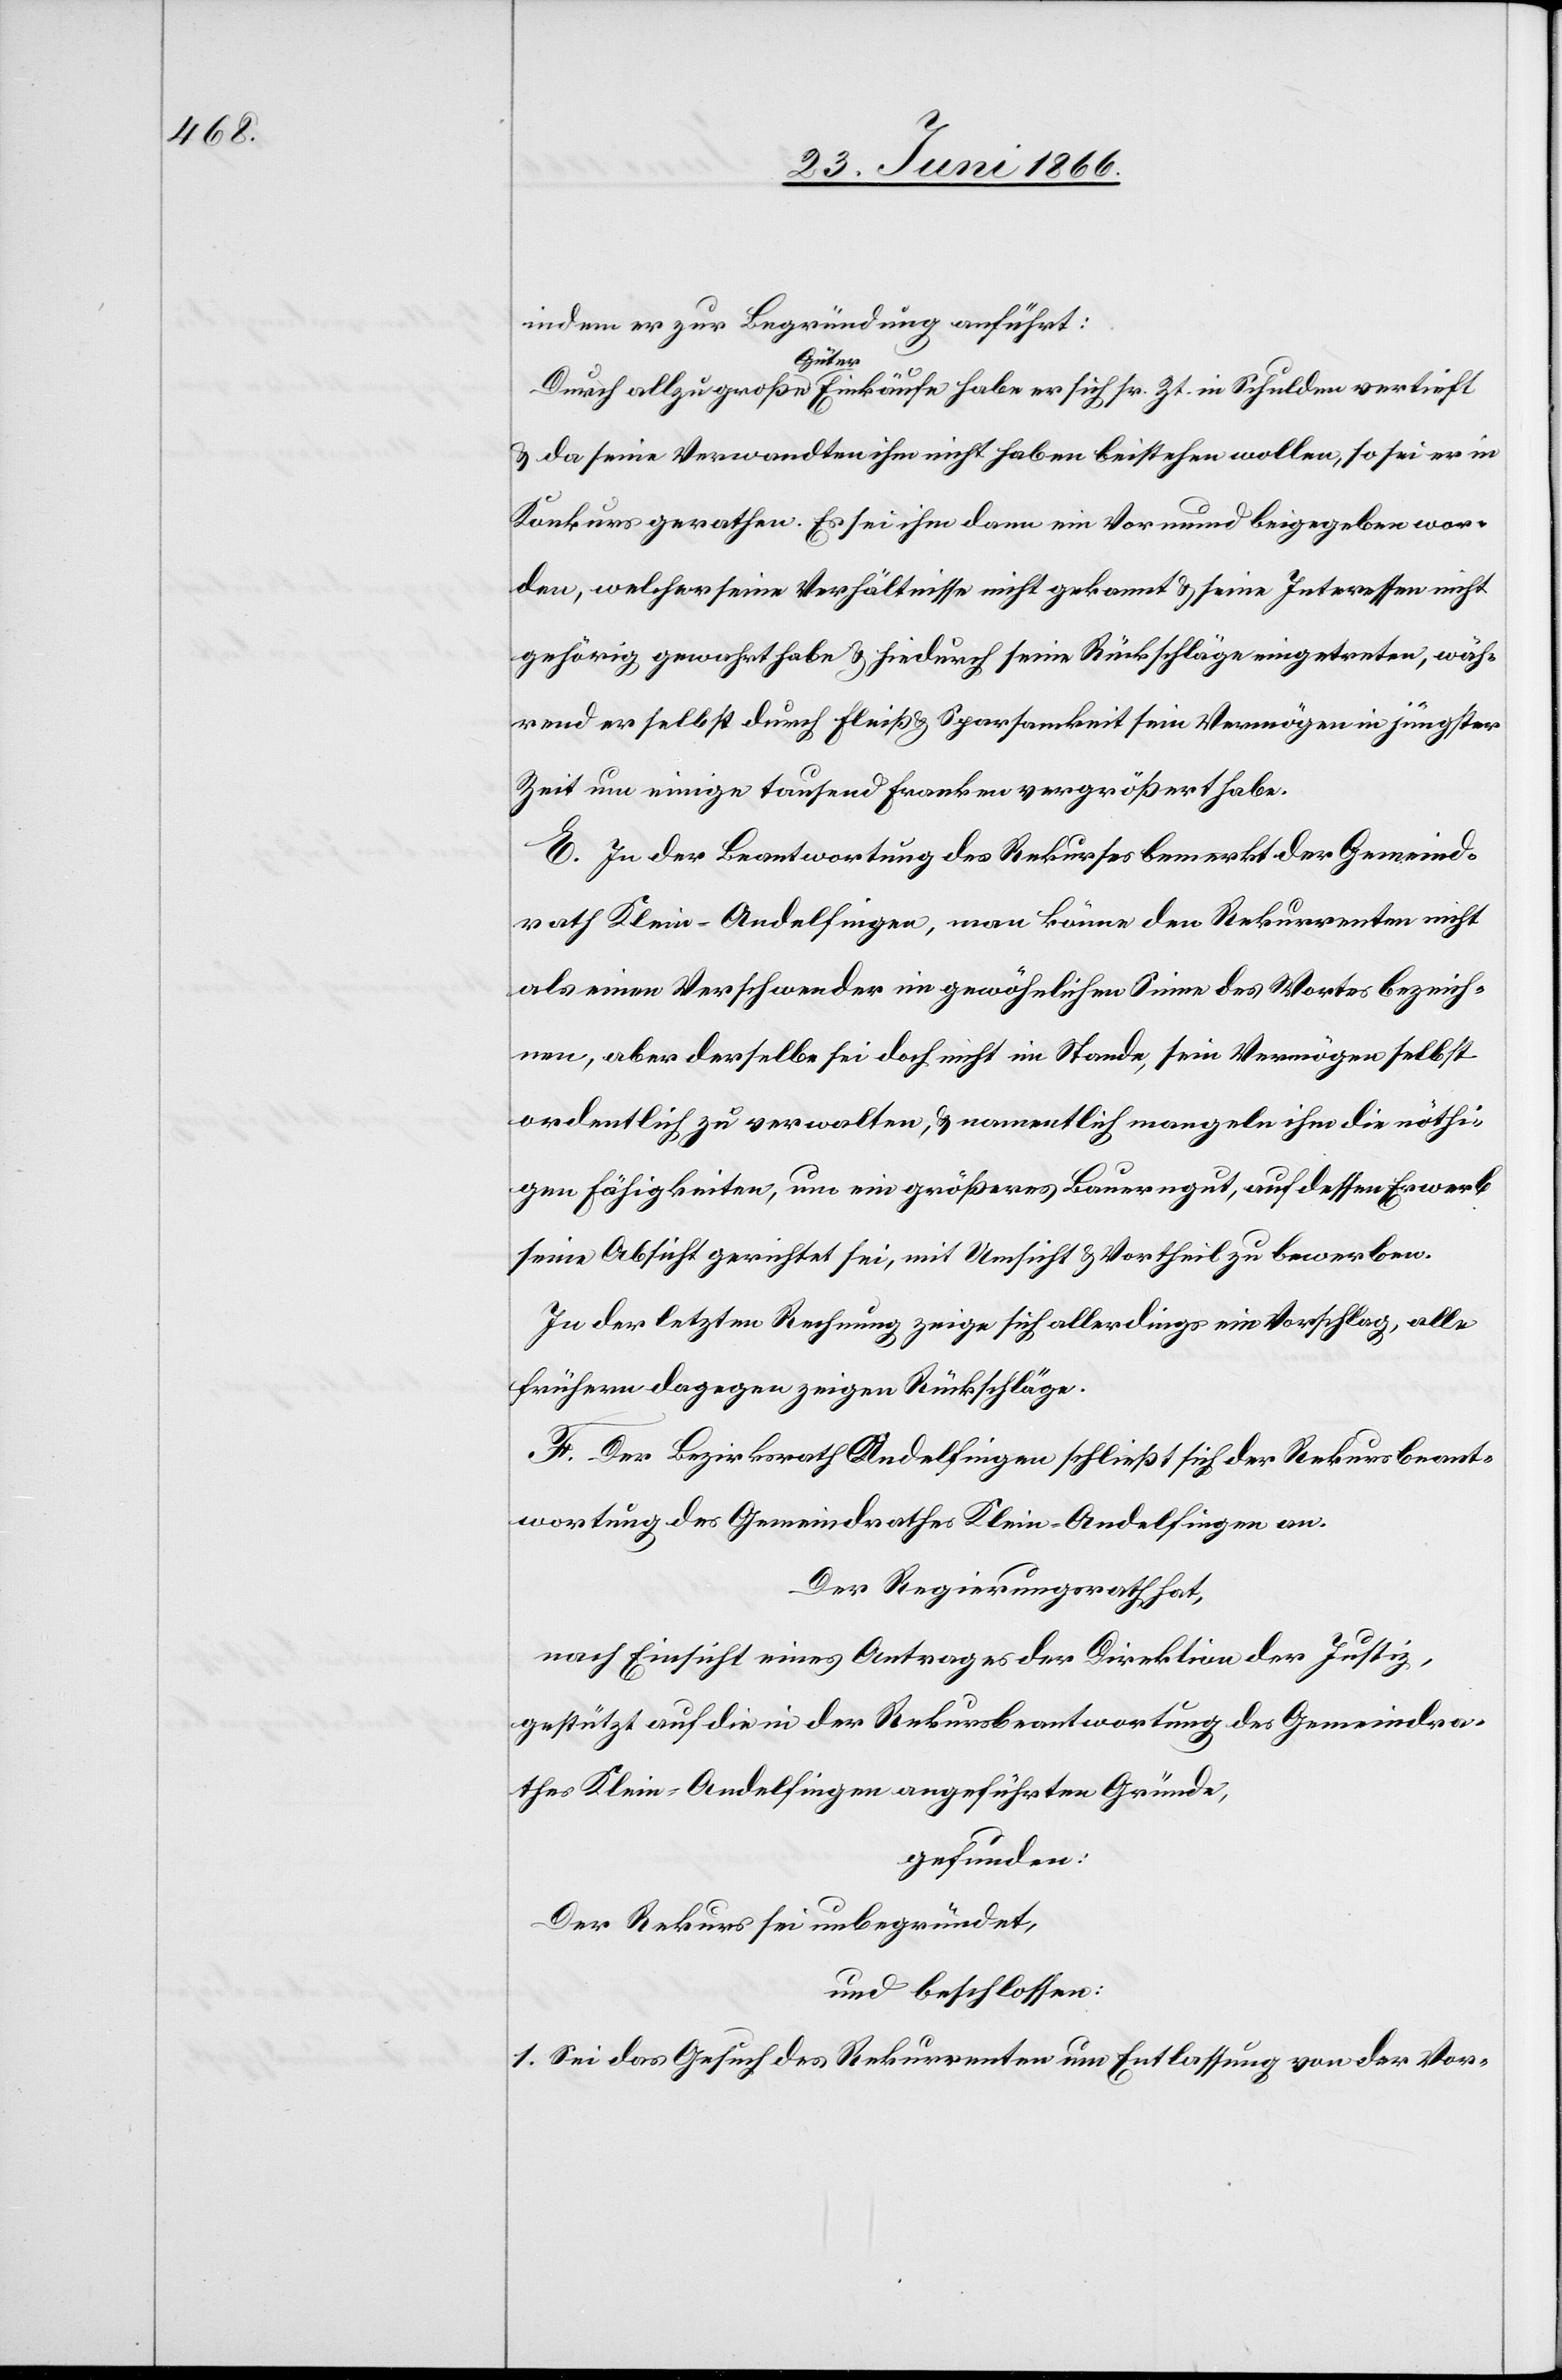
indem er zur Begründung anführt:
Durch allzugroße Güter Einkäufe habe er sich sr. Zt. in Schulden vertieft
u. da seine Verwandten ihm nicht haben beistehen wollen, so sei er in
Konkurs gerathen. Es sei ihm dann ein Vormund beigegeben wor¬
den, welcher seine Verhältnisse nicht gekannt u. seine Interessen nicht
gehörig gewahrt habe u. hiedurch seien Rückschläge eingetreten, wäh¬
rend er selbst durch Fleiß u. Sparsamkeit sein Vermögen in jüngster
Zeit um einige tausend Franken vergrößert habe.
E. In der Beantwortung des Rekurses bemerkt der Gemeind¬
rath Klein-Andelfingen, man könne den Rekurrenten nicht
als einen Verschwender im gewöhnlichen Sinne des Wortes bezeich¬
nen, aber derselbe sei doch nicht im Stande, sein Vermögen selbst
ordentlich zu verwalten, u. namentlich mangele ihm die nöthi¬
gen Fähigkeiten, um ein größeres Bauerngut, auf dessen Erwerb
seine Absicht gerichtet sei, mit Umsicht u. Vortheil zu bewerben.
In der letzten Rechnung zeige sich allerdings ein Vorschlag, alle
frühern dagegen zeigen Rückschläge.
F. Der Bezirksrath Andelfingen schließt sich der Rekursbeant¬
wortung des Gemeindrathes Klein-Andelfingen an.
Der Regierungsrath hat,
nach Einsicht eines Antrages der Direktion der Justiz,
gestützt auf die in der Rekursbeantwortung des Gemeindra¬
thes Klein-Andelfingen angeführten Gründe,
gefunden:
Der Rekurs sei unbegründet,
und beschlossen:
1. Sei das Gesuch des Rekurrenten um Entlassung von der Vor-